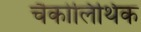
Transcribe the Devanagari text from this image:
चैकोलिथिक